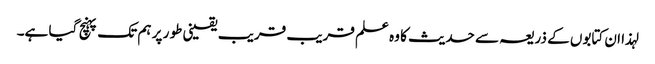
لہذا ان کتابوں کے ذریعہ سے حدیث کا وہ علم قریب قریب یقینی طو ر پر ہم تک پہنچ گیا ہے۔